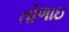
તોળાઇ